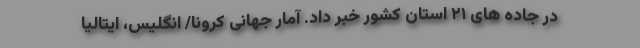
در جاده های ۲۱ استان کشور خبر داد. آمار جهانی کرونا/ انگلیس، ایتالیا